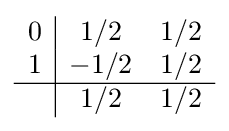
{\begin{array}{c|cc}0&1/2&1/2\\1&-1/2&1/2\\\hline &1/2&1/2\\\end{array}}